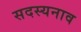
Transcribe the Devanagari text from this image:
सदस्यनाव